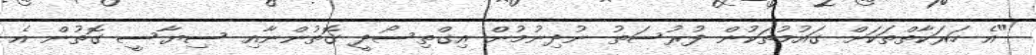
"އެ ހަރަކާތްތަކަށް ގައުމުތަކުން ފުރުސަތު ނުދިނުމުން އިގްތިސޯދީ ގޮތުންނާއި ސިޔާސީ ގޮތުން އެ